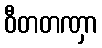
ဝီတတဏှာ